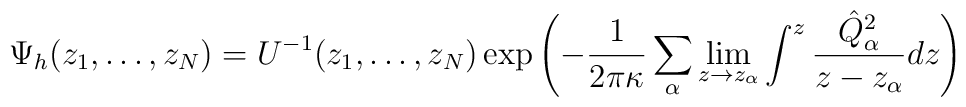
\Psi_h(z_1,\dots,z_N) = U^{-1}(z_1,\dots,z_N)\exp\left(-{1\over 2\pi \kappa}\sum_\alpha\lim_{z\rightarrow z_\alpha}\int^z{\hat Q^2_\alpha \over z-z_\alpha} dz\right)